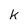
Character: k